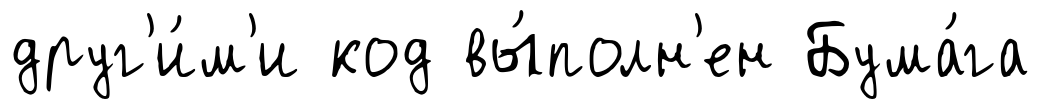
друг'и́м'и код вы́полн'ен Бума́га